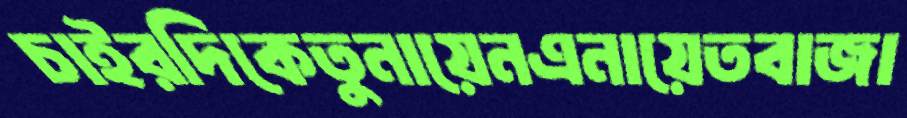
চাইরদিকেতুনায়েনএনায়েতবাজা